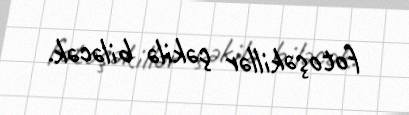
fotoşəkillər çəkilə biləcək.